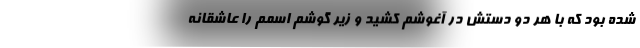
شده بود که با هر دو دستش در آغوشم کشید و زیر گوشم اسمم را عاشقانه